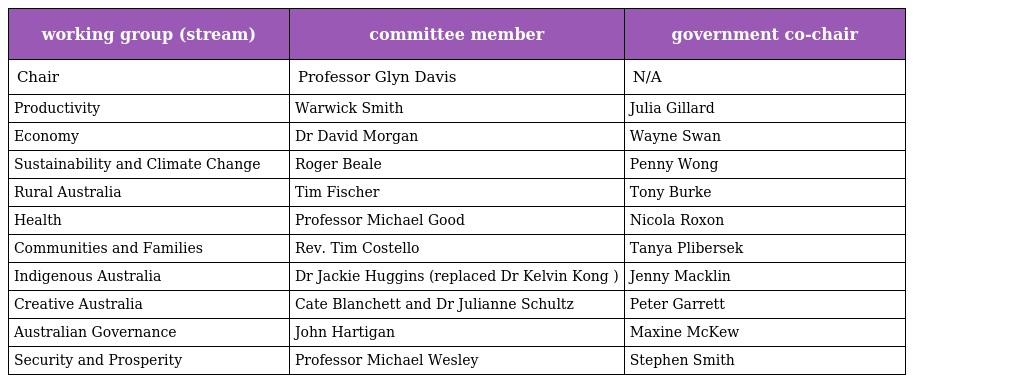
| working group (stream) | committee member | government co-chair |
 | --- | --- | --- |
 | Chair | Professor Glyn Davis | N/A |
 | Productivity | Warwick Smith | Julia Gillard |
 | Economy | Dr David Morgan | Wayne Swan |
 | Sustainability and Climate Change | Roger Beale | Penny Wong |
 | Rural Australia | Tim Fischer | Tony Burke |
 | Health | Professor Michael Good | Nicola Roxon |
 | Communities and Families | Rev. Tim Costello | Tanya Plibersek |
 | Indigenous Australia | Dr Jackie Huggins (replaced Dr Kelvin Kong ) | Jenny Macklin |
 | Creative Australia | Cate Blanchett and Dr Julianne Schultz | Peter Garrett |
 | Australian Governance | John Hartigan | Maxine McKew |
 | Security and Prosperity | Professor Michael Wesley | Stephen Smith |